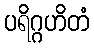
ပရိဂ္ဂဟိတံ